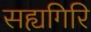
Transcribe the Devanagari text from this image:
सह्यगिरि